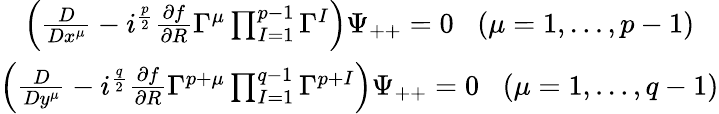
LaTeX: \begin{array}{c}{{\left({\frac{D}{Dx^{\mu}}}-i^{\frac{p}{2}}{\frac{\partial f}{\partial R}}\Gamma^{\mu}\prod_{I=1}^{p-1}\Gamma^{I}\right)\Psi_{++}=0\; \; \; (\mu=1,\ldots,p-1)}}\\ {{\left({\frac{D}{Dy^{\mu}}}-i^{\frac{q}{2}}{\frac{\partial f}{\partial R}}\Gamma^{p+\mu}\prod_{I=1}^{q-1}\Gamma^{p+I}\right)\Psi_{++}=0\; \; \; (\mu=1,\ldots,q-1)}}\end{array}